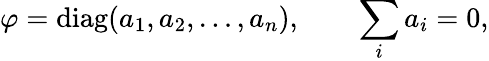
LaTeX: \varphi=\mathrm{diag}(a_{1},a_{2},\ldots,a_{n}),\qquad\sum_{i}a_{i}=0,